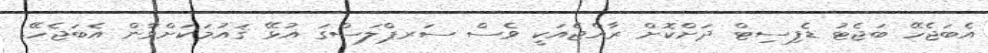
އެބަޖެހޭ ބަޖެޓު ޑެފިސިޓް ދަށްކޮށް ރާއްޖެއަކީ ވެސް ސަރޕްލަސްގަ އުޅޭ ޤައުމަކަށްވާން އެބަޖެހޭ.